Scottish Education Department, 1921
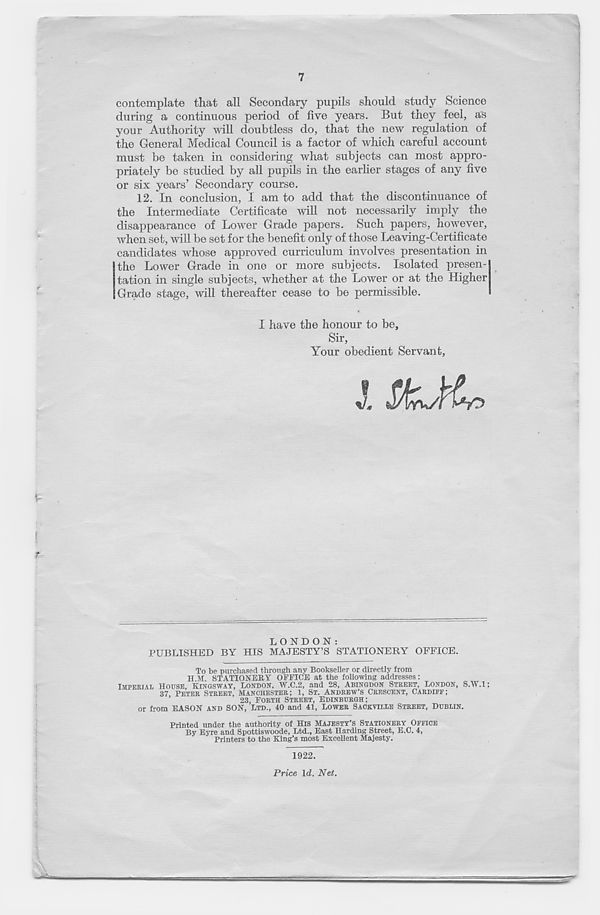
7
contemplate that all Secondary pupils should study Science
during a continuous period of five years. But they feel, as
your Authority will doubtless do, that the new regulation of
the General Medical Council is a factor of which careful account
must be taken in considering what subjects can most appro-
priately be studied by all pupils in the earher stages of any five
or six years’ Secondary course.
12. In conclusion, I am to add that the discontinuance of
the Intermediate Certificate will not necessarily imply the
disappearance of Lower Grade papers. Such papers, however,
when set, will be set for the benefit only of those Leaving-Certificate
candidates whose approved curriculum involves presentation in
the Lower Grade in one or more subjects. Isolated presen-
tation in single subjects, whether at the Lower or at the Higher
Grade stage, will thereafter cease to be permissible.
I have the honour to be.
Sir,
Your obedient Servant,
S
LONDON:
PUBLISHED BY HIS MAJESTY’S STATIONERY OFFICE.
To be nurchaseii throush any Bookseller or directly from
or from EASON AND SON, LTD., 40 and 41, LOWER SACKVILLE STREET, DUBLIN.
Printed under the authority of His MAJESTY’S STATIONERY OFFICE
By Eyre and Spottiswoode, Ltd., East Harding Street, E.C. 4,
Printers to the King’s most Excellent Majesty.
1922.
Price \d. Net.